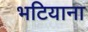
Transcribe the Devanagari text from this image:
भटियाना